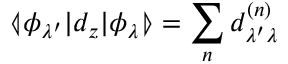
\llangle \phi _ { \lambda ^ { \prime } } | d _ { z } | \phi _ { \lambda } \rrangle = \sum _ { n } d _ { \lambda ^ { \prime } \lambda } ^ { ( n ) }